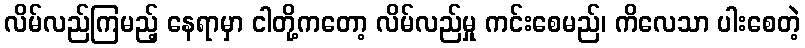
လိမ်လည်ကြမည့် နေရာမှာ ငါတို့ကတော့ လိမ်လည်မှု ကင်းစေမည်၊ ကိလေသာ ပါးစေတဲ့